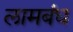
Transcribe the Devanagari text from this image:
लामबंध